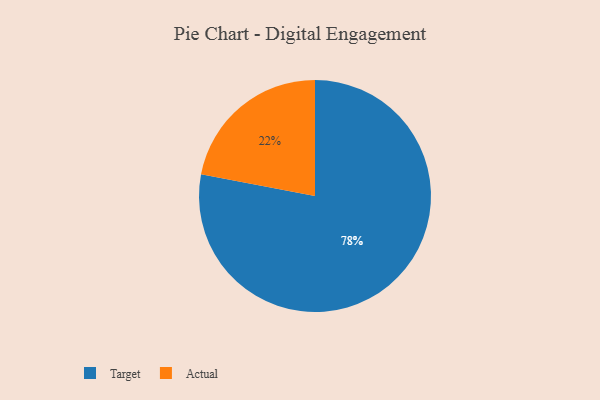
{"axis": {"x": "Category", "y": "Percentage"}, "legend": ["Actual", "Target"], "data": [{"x": "Target", "y": 78, "type": "Target"}, {"x": "Actual", "y": 22, "type": "Actual"}]}